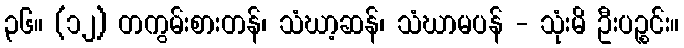
၃၆။ (၁၂) တကွမ်းစားတန်၊ သံဃာ့ဆန်၊ သံဃာမပန် - သုံးမိ ဦးပဉ္စင်း။